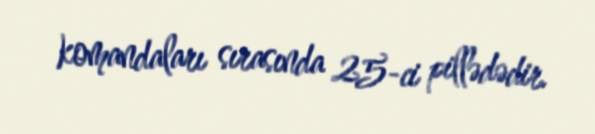
komandaları sırasında 25-ci pillədədir.